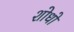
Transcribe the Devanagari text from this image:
शोधो